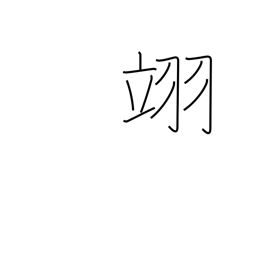
Meaning: flying